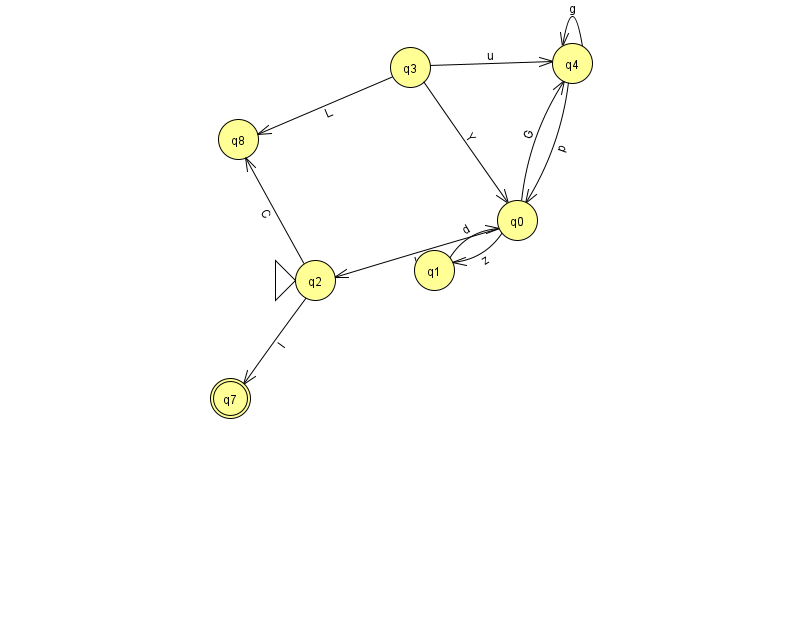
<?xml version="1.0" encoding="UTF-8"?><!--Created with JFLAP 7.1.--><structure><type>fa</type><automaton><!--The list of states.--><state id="0" name="q0"><x>517.0</x><y>207.0</y></state><state id="1" name="q1"><x>434.0</x><y>257.0</y></state><state id="2" name="q2"><x>315.0</x><y>267.0</y><initial/></state><state id="3" name="q3"><x>410.0</x><y>54.0</y></state><state id="4" name="q4"><x>572.0</x><y>50.0</y></state><state id="7" name="q7"><x>230.0</x><y>385.0</y><final/></state><state id="8" name="q8"><x>238.0</x><y>126.0</y></state><!--The list of transitions.--><transition><from>3</from><to>4</to><read>u</read></transition><transition><from>3</from><to>0</to><read>Y</read></transition><transition><from>0</from><to>1</to><read>z</read></transition><transition><from>2</from><to>7</to><read>l</read></transition><transition><from>4</from><to>4</to><read>g</read></transition><transition><from>0</from><to>2</to><read>K</read></transition><transition><from>0</from><to>4</to><read>G</read></transition><transition><from>2</from><to>8</to><read>C</read></transition><transition><from>1</from><to>0</to><read>d</read></transition><transition><from>3</from><to>8</to><read>L</read></transition><transition><from>4</from><to>0</to><read>p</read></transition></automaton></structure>